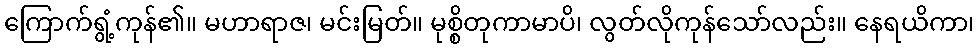
ကြောက်ရွံ့ကုန်၏။ မဟာရာဇ၊ မင်းမြတ်။ မုစ္စိတုကာမာပိ၊ လွတ်လိုကုန်သော်လည်း။ နေရယိကာ၊